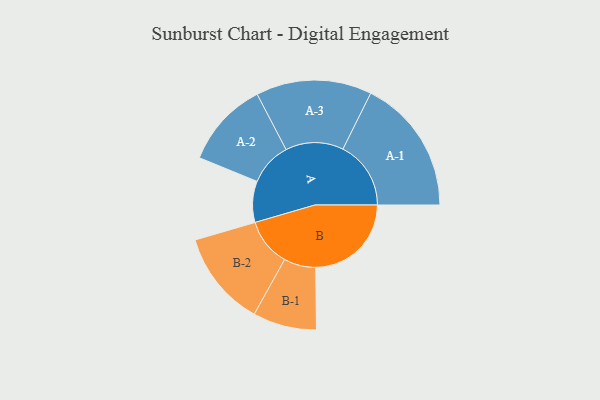
{"axis": {"x": "Segment", "y": "Value"}, "legend": ["", "A", "B"], "data": [{"x": "A", "y": 155, "type": ""}, {"x": "B", "y": 360, "type": ""}, {"x": "A-1", "y": 256, "type": "A"}, {"x": "A-2", "y": 162, "type": "A"}, {"x": "A-3", "y": 218, "type": "A"}, {"x": "B-1", "y": 120, "type": "B"}, {"x": "B-2", "y": 180, "type": "B"}]}